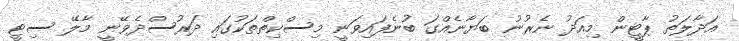
އަދާލަތު ޕާޓީން މިއަދު ނެރުނު ބަޔާނެއްގަ ބުނެފައިވަނީ މިސްކިތްތަކުގައި ދަރުސްދެވޭނީ މާލޭ ސިޓީ